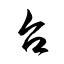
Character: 台